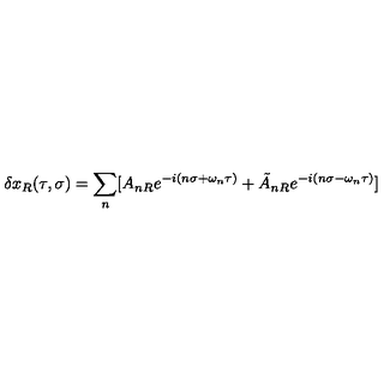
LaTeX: \delta x _ { R } ( \tau , \sigma ) = \sum _ { n } [ A _ { n R } e ^ { - i ( n \sigma + \omega _ { n } \tau ) } + \tilde { A } _ { n R } e ^ { - i ( n \sigma - \omega _ { n } \tau ) } ]